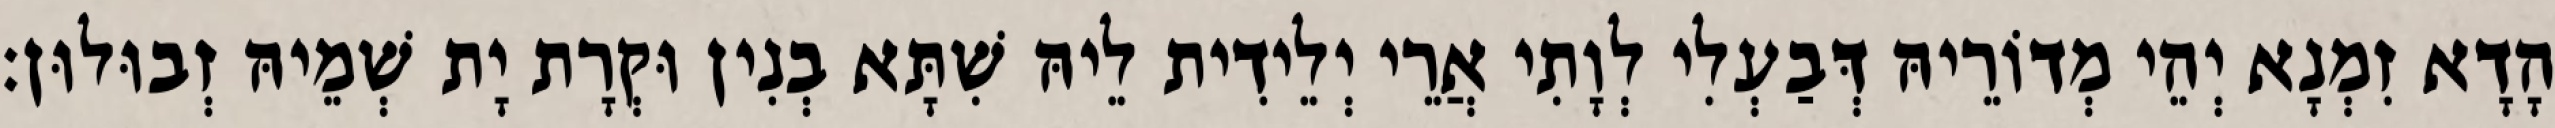
הָדָא זִמְנָא יְהֵי מְדוֹרֵיהּ דְּבַעְלִי לְוָתִי אֲרֵי יְלֵידִית לֵיהּ שִׁתָּא בְנִין וּקְרָת יָת שְׁמֵיהּ זְבוּלוּן׃